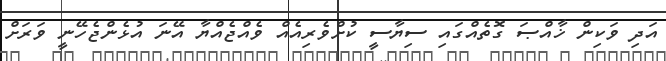
އަދި ވަކިން ޚާއްޞަ ގޮތެއްގައި ސިޔާސީ ކުށްވެރިއެއް ވެއްޖެއްޔާ އޭނަ އުޅެންޖެހޭނީ ވަރަށް